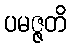
ပမဇ္ဇတိ